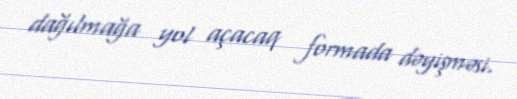
dağılmağa yol açacaq formada dəyişməsi.